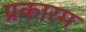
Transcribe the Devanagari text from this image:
प्रकारम